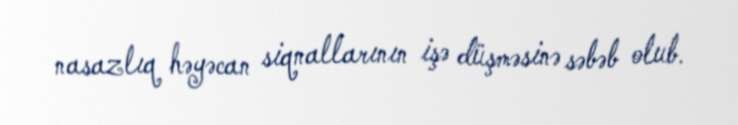
nasazlıq həyəcan siqnallarının işə düşməsinə səbəb olub.